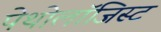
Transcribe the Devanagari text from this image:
पेथोलॉजिस्ट